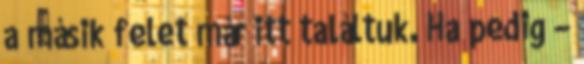
a másik felet már itt találtuk. Ha pedig –